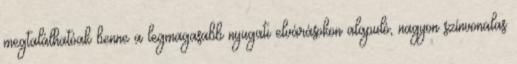
megtalálhatóak benne a legmagasabb nyugati elvárásokon alapuló, nagyon színvonalas